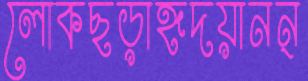
লোকছড়াহূদয়ানন্